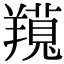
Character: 𦏊